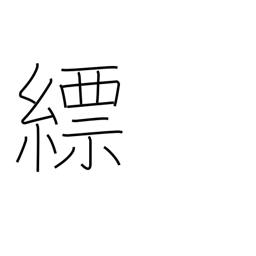
Meaning: light blue